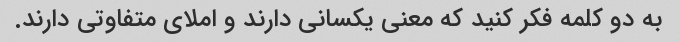
به دو کلمه فکر کنید که معنی یکسانی دارند و املای متفاوتی دارند.